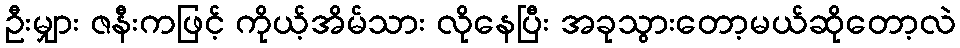
ဦးမျှား ဇနီးကဖြင့် ကိုယ့်အိမ်သား လိုနေပြီး အခုသွားတော့မယ်ဆိုတော့လဲ